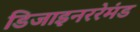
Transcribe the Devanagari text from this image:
डिजाइनररेमंड